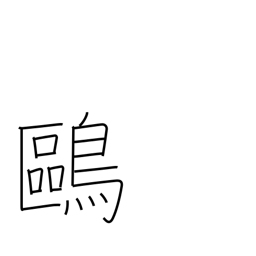
Meaning: tern